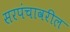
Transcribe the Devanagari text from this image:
सरपंचावरील